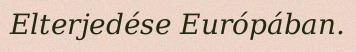
Elterjedése Európában.